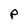
Character: p